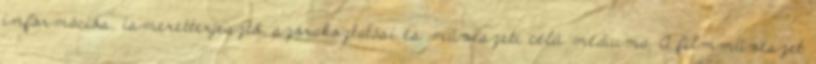
információs, ismeretterjesztő, szórakoztatási és művészeti célú médiuma. A filmművészet